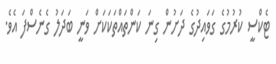
ޓެކްސީ ކުރުމުގެ ގަވައިދުގެ ދަށުން ގިނަ ކަންތައްތަކަކަށް ވަނީ ބަދަލު ގެނެސްފަ އެވެ.